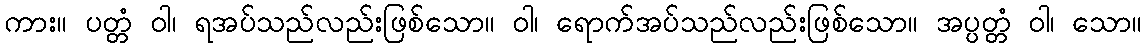
ကား။ ပတ္တံ ဝါ၊ ရအပ်သည်လည်းဖြစ်သော။ ဝါ၊ ရောက်အပ်သည်လည်းဖြစ်သော။ အပ္ပတ္တံ ဝါ၊ သော။